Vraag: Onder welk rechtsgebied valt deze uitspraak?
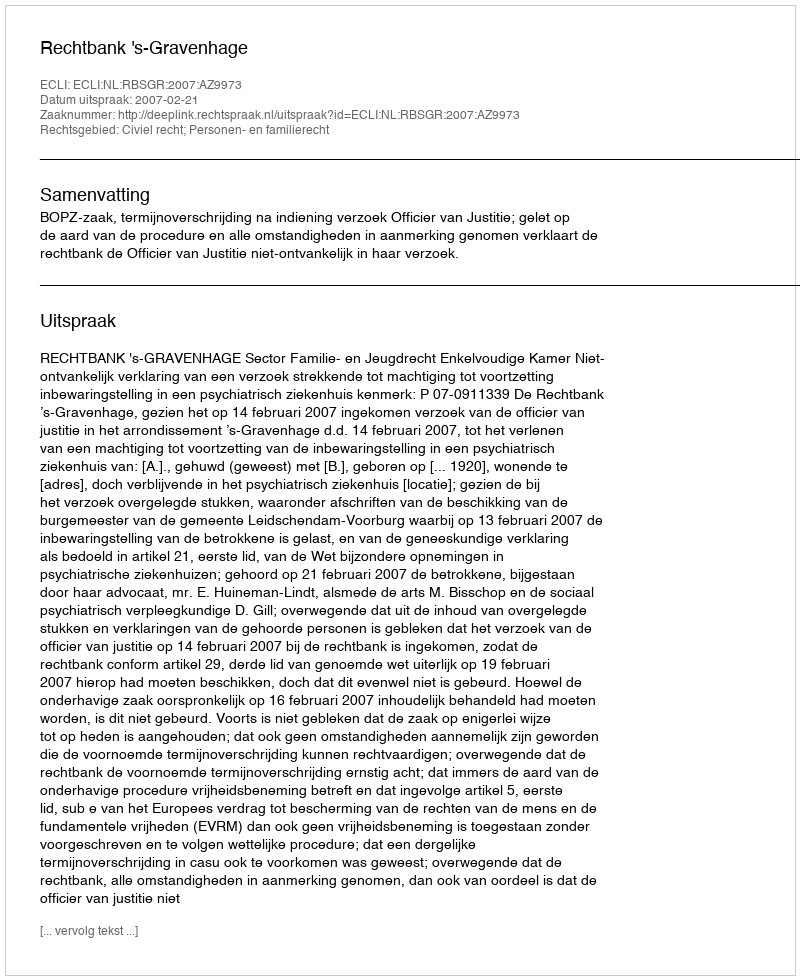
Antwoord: Civiel recht; Personen- en familierecht